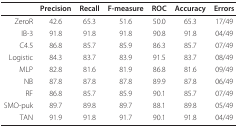
<table><thead><tr><td></td><td><b>Precision</b></td><td><b>Recall</b></td><td><b>F-measure</b></td><td><b>ROC</b></td><td><b>Accuracy</b></td><td><b>Errors</b></td></tr></thead><tbody><tr><td>ZeroR</td><td>42.6</td><td>65.3</td><td>51.6</td><td>50.0</td><td>65.3</td><td>17/49</td></tr><tr><td>IB-3</td><td>91.8</td><td>91.8</td><td>91.8</td><td>90.8</td><td>91.8</td><td>04/49</td></tr><tr><td>C4.5</td><td>86.8</td><td>85.7</td><td>85.9</td><td>86.3</td><td>85.7</td><td>07/49</td></tr><tr><td>Logistic</td><td>84.3</td><td>83.7</td><td>83.9</td><td>91.5</td><td>83.7</td><td>08/49</td></tr><tr><td>MLP</td><td>82.8</td><td>81.6</td><td>81.9</td><td>86.8</td><td>81.6</td><td>09/49</td></tr><tr><td>NB</td><td>87.8</td><td>87.8</td><td>87.8</td><td>89.9</td><td>87.8</td><td>06/49</td></tr><tr><td>RF</td><td>86.8</td><td>85.7</td><td>85.9</td><td>90.1</td><td>85.7</td><td>07/49</td></tr><tr><td>SMO-puk</td><td>89.7</td><td>89.8</td><td>89.7</td><td>88.1</td><td>89.8</td><td>05/49</td></tr><tr><td>TAN</td><td>91.9</td><td>91.8</td><td>91.7</td><td>90.1</td><td>91.8</td><td>04/49</td></tr></tbody></table>